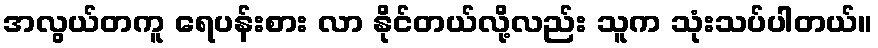
အလွယ်တကူ ရေပန်းစား လာ နိုင်တယ်လို့လည်း သူက သုံးသပ်ပါတယ်။